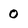
Character: 0